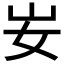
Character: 𡚴